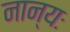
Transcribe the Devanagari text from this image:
नान्यः